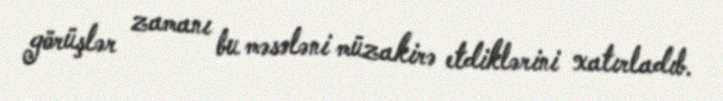
görüşlər zamanı bu məsələni müzakirə etdiklərini xatırladıb.